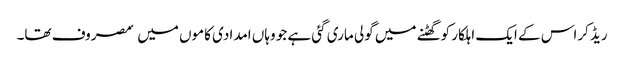
ریڈ کراس کے ایک اہلکار کو گھٹنے میں گولی ماری گئی ہے جو وہاں امدادی کاموں میں ٘مصروف تھا۔